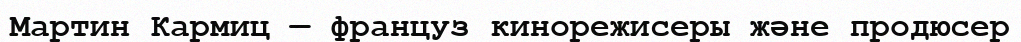
Мартин Кармиц — француз кинорежисеры және продюсер